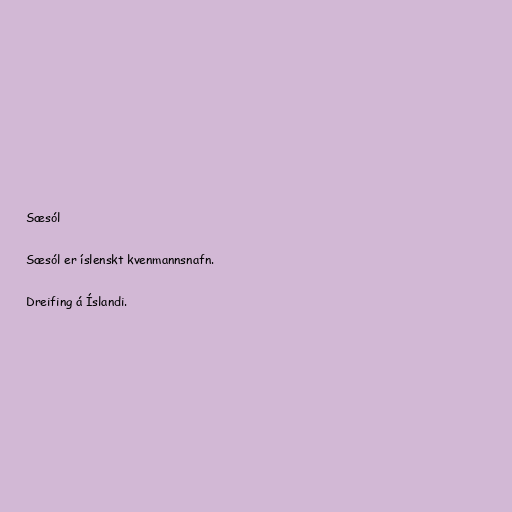
Sæsól

Sæsól er íslenskt kvenmannsnafn.

Dreifing á Íslandi.